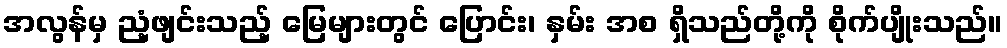
အလွန်မှ ညံ့ဖျင်းသည့် မြေများတွင် ပြောင်း၊ နှမ်း အစ ရှိသည်တို့ကို စိုက်ပျိုးသည်။